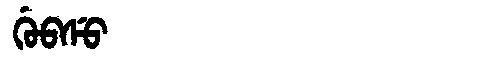
Manchu: ᡤᡠᠪᠰᡠ
Romanization: GUBSU